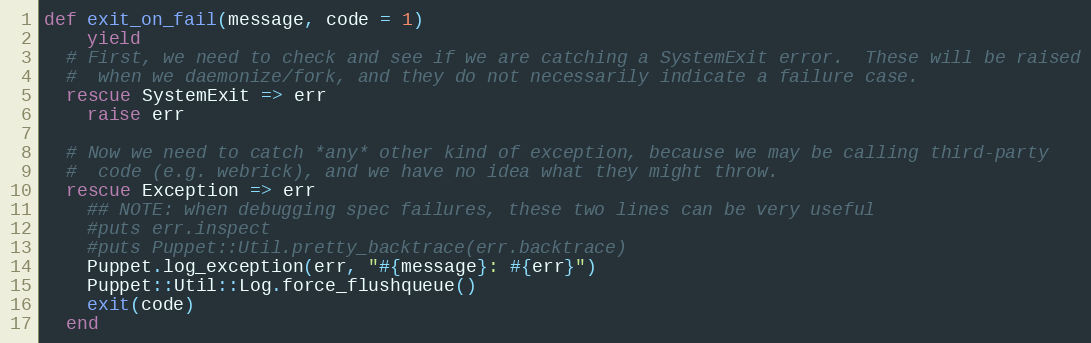
Language: Ruby
def exit_on_fail(message, code = 1)
    yield
  # First, we need to check and see if we are catching a SystemExit error.  These will be raised
  #  when we daemonize/fork, and they do not necessarily indicate a failure case.
  rescue SystemExit => err
    raise err

  # Now we need to catch *any* other kind of exception, because we may be calling third-party
  #  code (e.g. webrick), and we have no idea what they might throw.
  rescue Exception => err
    ## NOTE: when debugging spec failures, these two lines can be very useful
    #puts err.inspect
    #puts Puppet::Util.pretty_backtrace(err.backtrace)
    Puppet.log_exception(err, "#{message}: #{err}")
    Puppet::Util::Log.force_flushqueue()
    exit(code)
  end